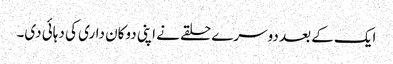
ایک کے بعد دوسرے حلقے نے اپنی دوکان داری کی دہائی دی۔